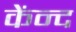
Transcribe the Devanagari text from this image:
केंन्द